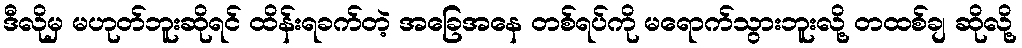
ဒီလိုမှ မဟုတ်ဘူးဆိုရင် ထိန်းရခက်တဲ့ အခြေအနေ တစ်ရပ်ကို မရောက်သွားဘူးလို့ တထစ်ချ ဆိုလို့